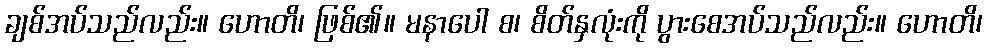
ချစ်အပ်သည်လည်း။ ဟောတိ၊ ဖြစ်၏။ မနာပေါ စ၊ စိတ်နှလုံးကို ပွားစေအပ်သည်လည်း။ ဟောတိ၊